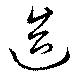
造